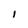
Character: I